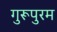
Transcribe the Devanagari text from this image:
गुरूपुरम